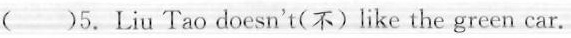
( )5.Liu Tao doesn't(不)like the green car.